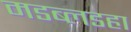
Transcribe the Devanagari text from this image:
मडब्लडहा